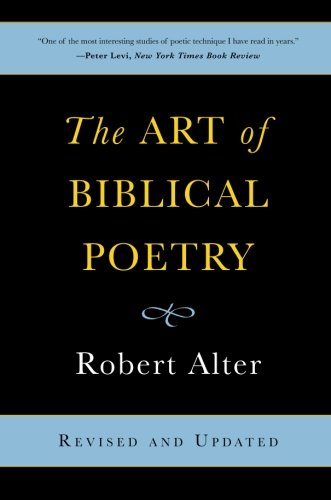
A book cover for The Art of Biblical Poetry; Robert Alter; Literature & Fiction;